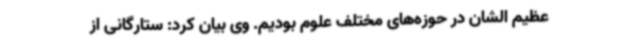
عظیم الشان در حوزه‌های مختلف علوم بودیم. وی بیان کرد: ستارگانی از